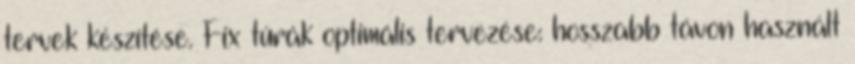
tervek készítése. Fix túrák optimális tervezése: hosszabb távon használt